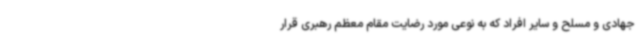
جهادی و مسلح و سایر افراد که به نوعی مورد رضایت مقام معظم رهبری قرار